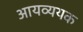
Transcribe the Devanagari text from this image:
आयव्ययक